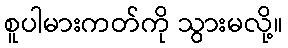
စူပါမားကတ်ကို သွားမလို့။